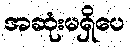
အဆုံးမရှိပေ